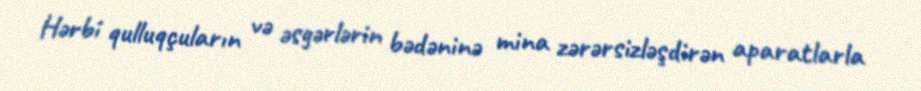
Hərbi qulluqçuların və əsgərlərin bədəninə mina zərərsizləşdirən aparatlarla